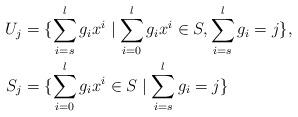
LaTeX: \begin{align*}U_j&=\{\sum_{i=s}^lg_ix^i\mid \sum_{i=0}^lg_ix^i\in S, \sum_{i=s}^lg_i=j\},\\S_j&=\{\sum_{i=0}^lg_ix^i\in S\mid \sum_{i=s}^lg_i=j\}\end{align*}